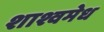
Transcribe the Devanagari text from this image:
शाश्वमेध